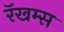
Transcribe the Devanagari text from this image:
रॅखम्स